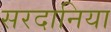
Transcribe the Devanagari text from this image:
सरदानिया